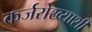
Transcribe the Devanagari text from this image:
कर्जरोख्याशी